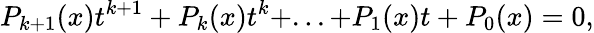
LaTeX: P_{k+1}(x)t^{k+1}+P_{k}(x)t^{k}+...+P_{1}(x)t+P_{0}(x)=0,